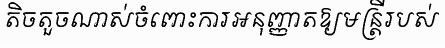
តិចតួចណាស់ចំពោះការអនុញ្ញាតឱ្យមន្ត្រីរបស់